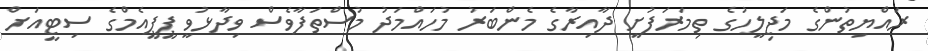
ރައްޔިތުންގެ މަޖިލީހުގެ ތިމަރަފުށީ ދާއިރާގެ މެންބަރު މުހައްމަދު މުސްތަފާވެސް ވިދާޅުވީ ޕީޕީއެމްގެ ސިޓީއަށް